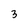
Character: 3